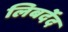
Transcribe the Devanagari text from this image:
लिबर्देद